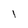
Character: I